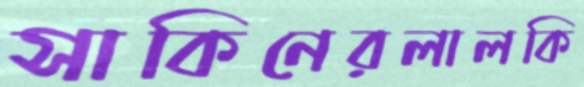
সাকিনেরলালকি